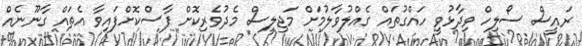
ރައީސް ސޯލިހް ވިދާޅުވީ ހައްގުތައް ގެއްލުވާލުމަށް މަޖިލީސް މެދުވެރިކޮށް ފާސްކޮށްފައިވާ އެތައް ގާނޫނެއް